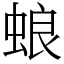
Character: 蜋